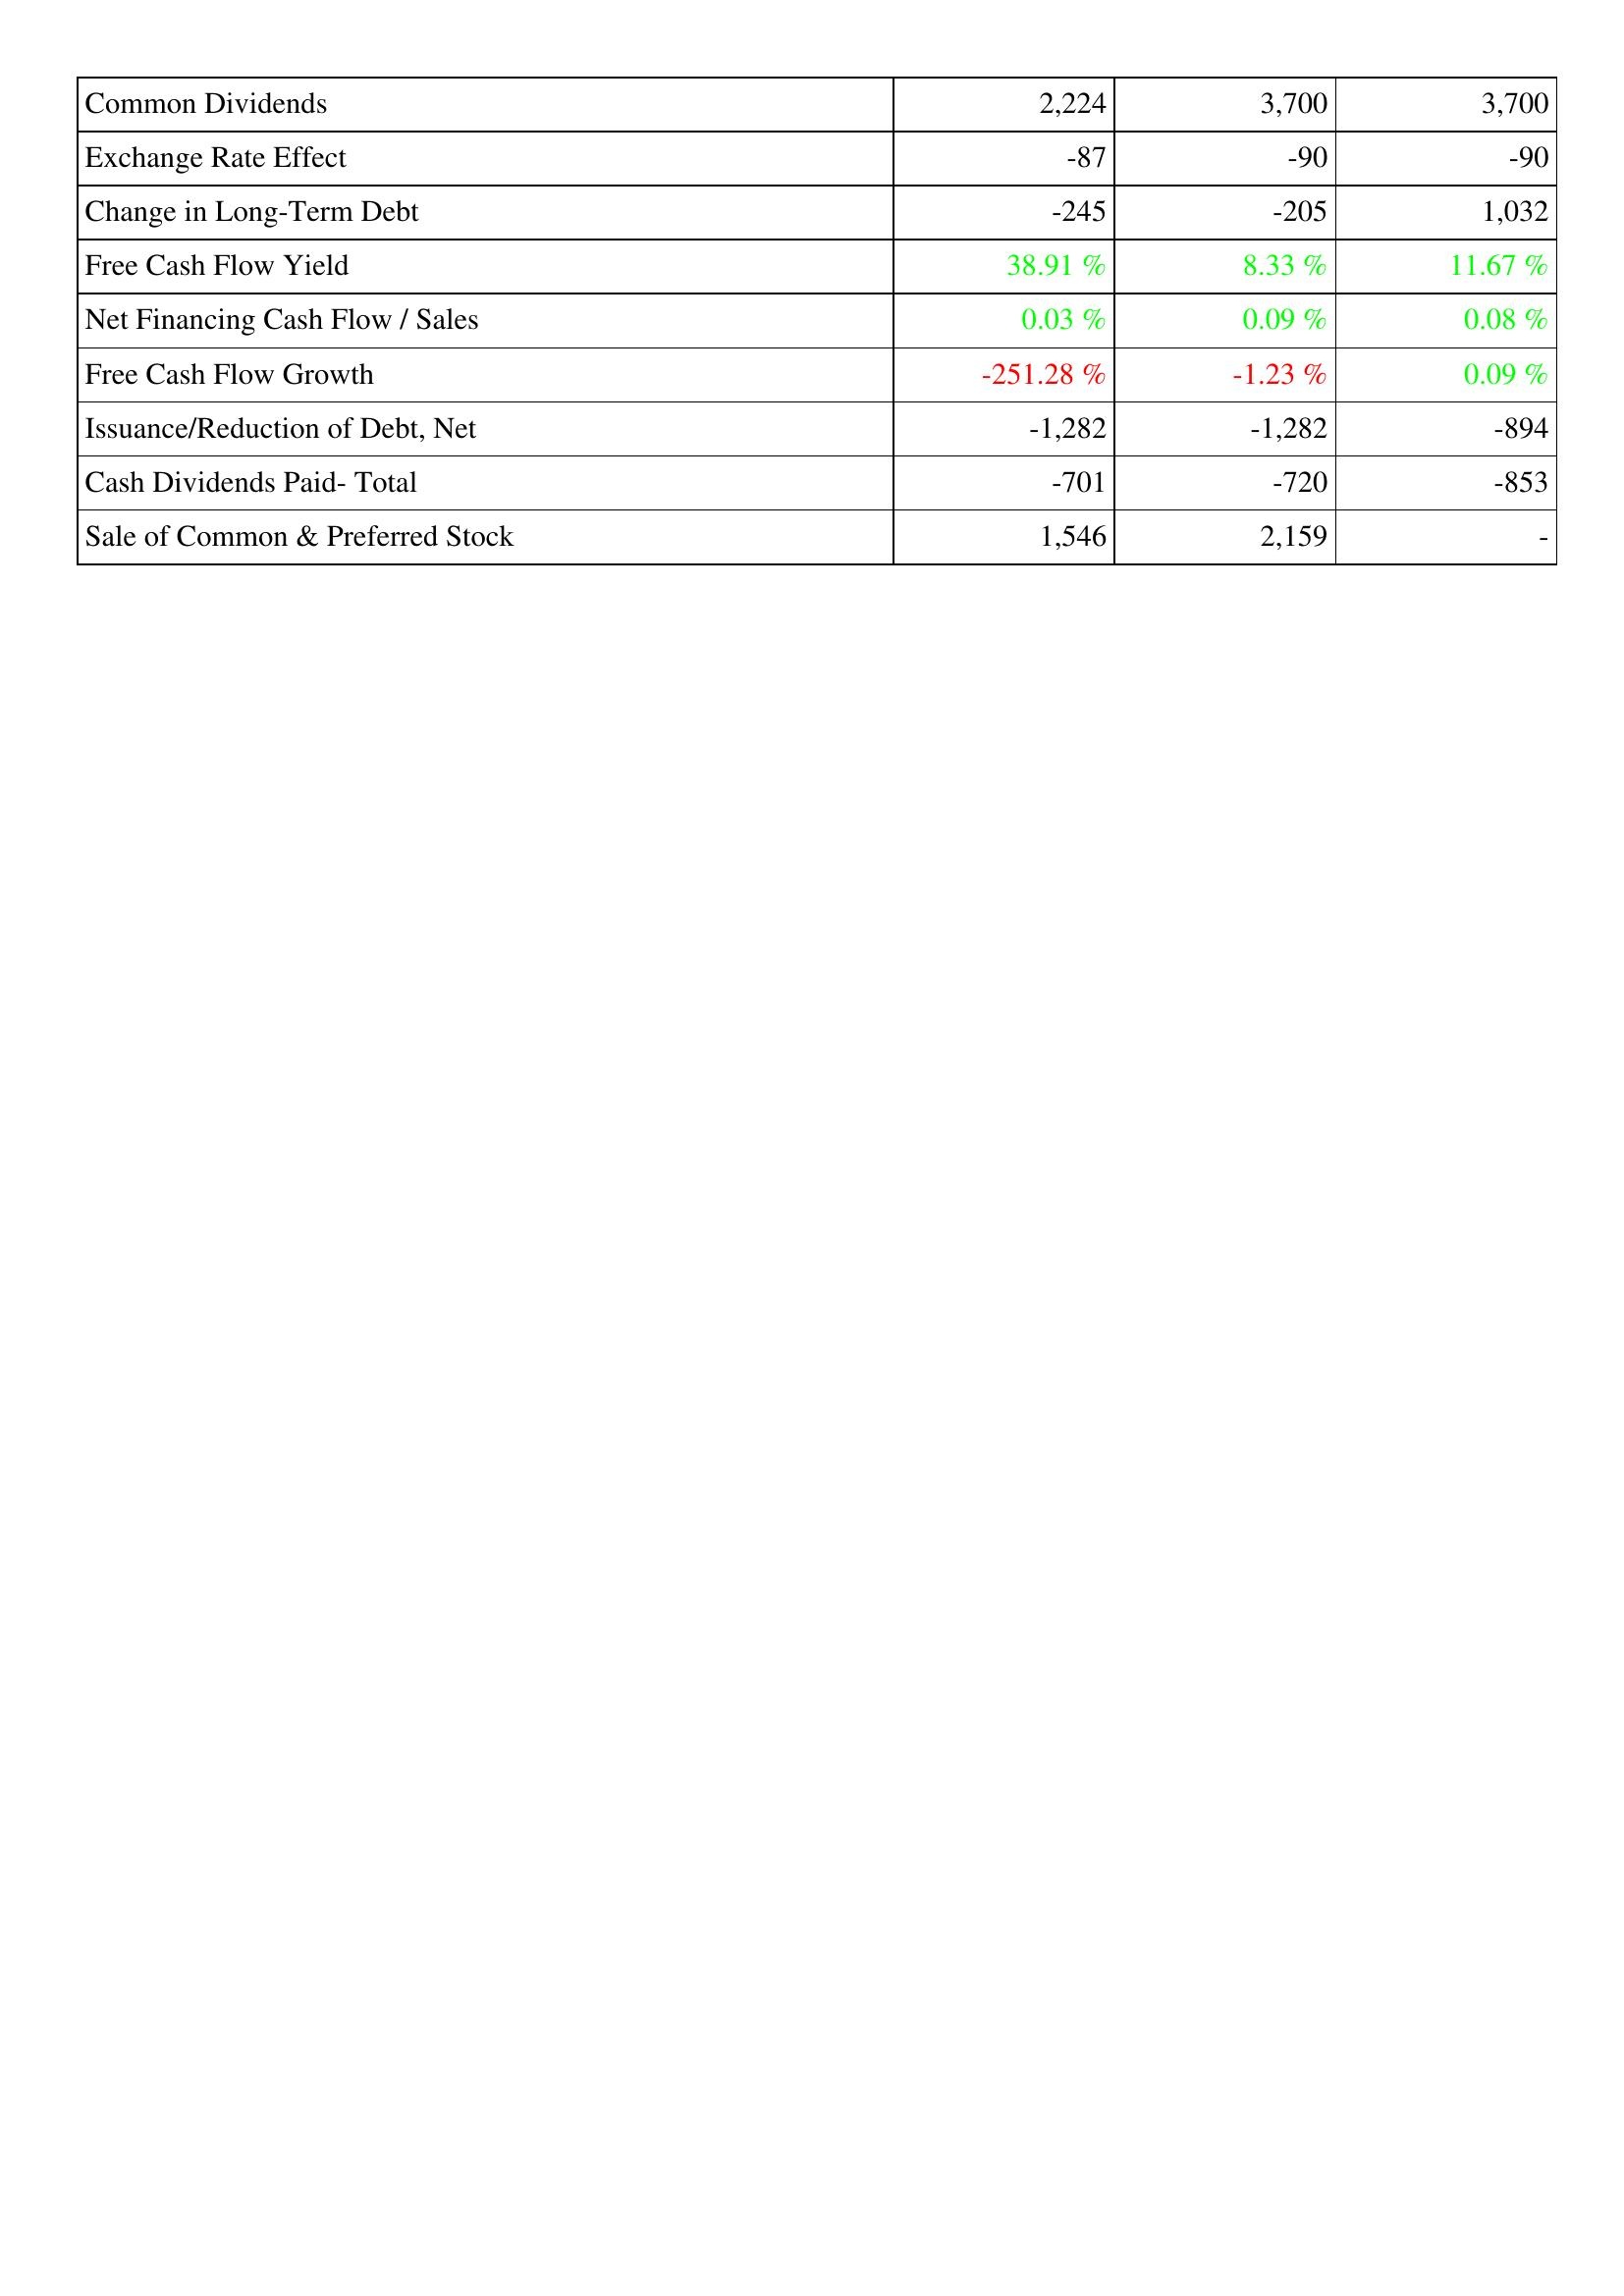
2020: Financing Activities: Common Dividends: 2,224
Exchange Rate Effect: -87
Change in Long-Term Debt: -245
Free Cash Flow Yield: 38.91 %
Net Financing Cash Flow / Sales: 0.03 %
Free Cash Flow Growth: -251.28 %
Issuance/Reduction of Debt, Net: -1,282
Cash Dividends Paid- Total: -701
Sale of Common & Preferred Stock: 1,546
2021: Financing Activities: Common Dividends: 3,700
Exchange Rate Effect: -90
Change in Long-Term Debt: -205
Free Cash Flow Yield: 8.33 %
Net Financing Cash Flow / Sales: 0.09 %
Free Cash Flow Growth: -1.23 %
Issuance/Reduction of Debt, Net: -1,282
Cash Dividends Paid- Total: -720
Sale of Common & Preferred Stock: 2,159
2022: Financing Activities: Common Dividends: 3,700
Exchange Rate Effect: -90
Change in Long-Term Debt: 1,032
Free Cash Flow Yield: 11.67 %
Net Financing Cash Flow / Sales: 0.08 %
Free Cash Flow Growth: 0.09 %
Issuance/Reduction of Debt, Net: -894
Cash Dividends Paid- Total: -853
Sale of Common & Preferred Stock: -